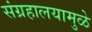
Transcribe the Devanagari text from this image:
संग्रहालयामुळे